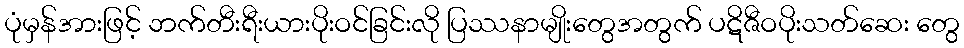
ပုံမှန်အားဖြင့် ဘက်တီးရီးယားပိုးဝင်ခြင်းလို ပြဿနာမျိုးတွေအတွက် ပဋိဇီဝပိုးသတ်ဆေး တွေ